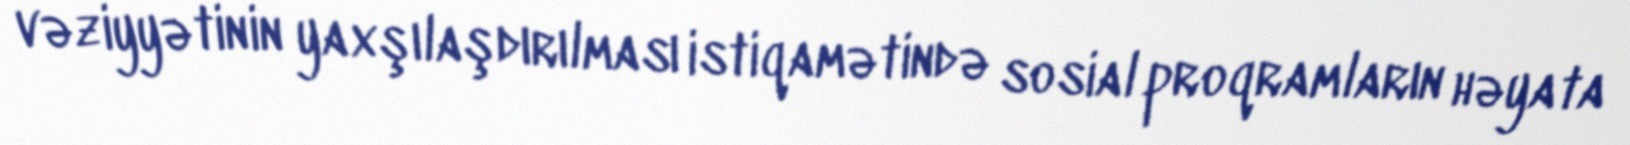
vəziyyətinin yaxşılaşdırılması istiqamətində sosial proqramların həyata